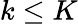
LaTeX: k\leq K